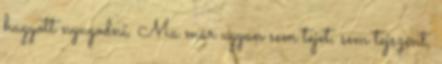
hagyott nyugodni. Ma már ugyan sem tejet, sem tejszínt,